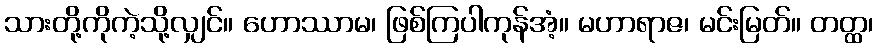
သားတို့ကိုကဲ့သို့လျှင်။ ဟောဿာမ၊ ဖြစ်ကြပါကုန်အံ့။ မဟာရာဇ၊ မင်းမြတ်။ တတ္ထ၊